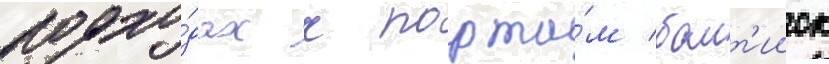
подхо́дах к порта́м балт'ииск